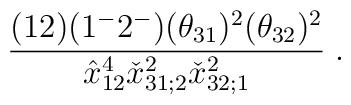
{(12)(1^-2^-)(\theta_{31})^2(\theta_{32})^2\over \hat x^4_{12}\check x^2_{31;2}\check x^2_{32;1}} \;.